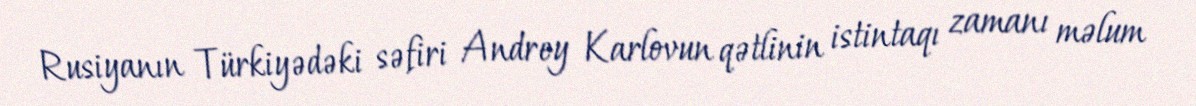
Rusiyanın Türkiyədəki səfiri Andrey Karlovun qətlinin istintaqı zamanı məlum